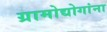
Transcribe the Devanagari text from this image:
ग्रामोद्योगांना